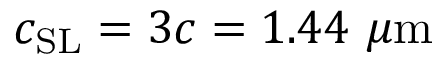
c _ { \mathrm { { S L } } } = 3 c = 1 . 4 4 ~ \mu \mathrm { { m } }